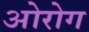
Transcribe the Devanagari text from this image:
ओरोग